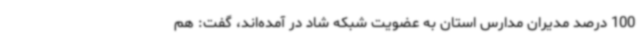
100 درصد مدیران مدارس استان به عضویت شبکه شاد در آمده‌اند، گفت: هم